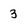
Character: 3